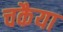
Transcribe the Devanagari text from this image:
चकैया